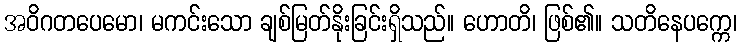
အဝိဂတပေမော၊ မကင်းသော ချစ်မြတ်နိုးခြင်းရှိသည်။ ဟောတိ၊ ဖြစ်၏။ သတိနေပက္ကေ၊